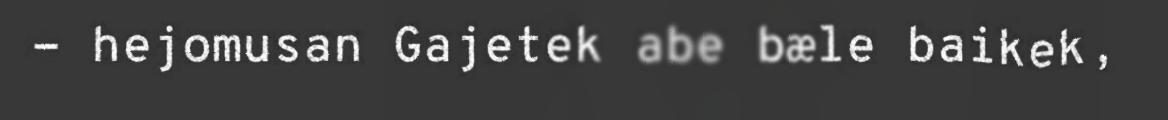
- hejomusan Gajetek abe bæle baikek,